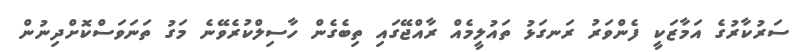
ސަރުކާރުގެ އަމާޒަކީ ފެންވަރު ރަނގަޅު ތައުލީމެއް ރާއްޖޭގައި ތިބެގެން ހާސިލްކުރެވޭނެ މަގު ތަނަވަސްކޮށްދިނުން